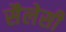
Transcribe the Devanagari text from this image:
सैलेसी